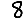
Digit: 8